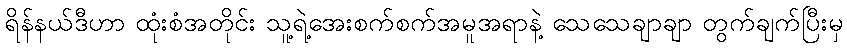
ရိန်နယ်ဒီဟာ ထုံးစံအတိုင်း သူ့ရဲ့အေးစက်စက်အမူအရာနဲ့ သေသေချာချာ တွက်ချက်ပြီးမှ